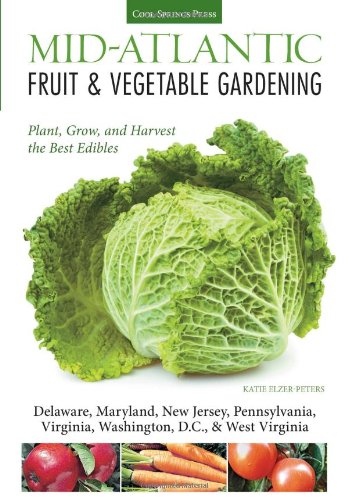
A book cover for Mid-Atlantic Fruit & Vegetable Gardening: Plant, Grow, and Harvest the Best Edibles - Delaware, Maryland, Pennsylvania, Virginia, Washington D.C., & West Virginia (Fruit & Vegetable Gardening Guides); Katie Elzer-Peters; Crafts, Hobbies & Home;